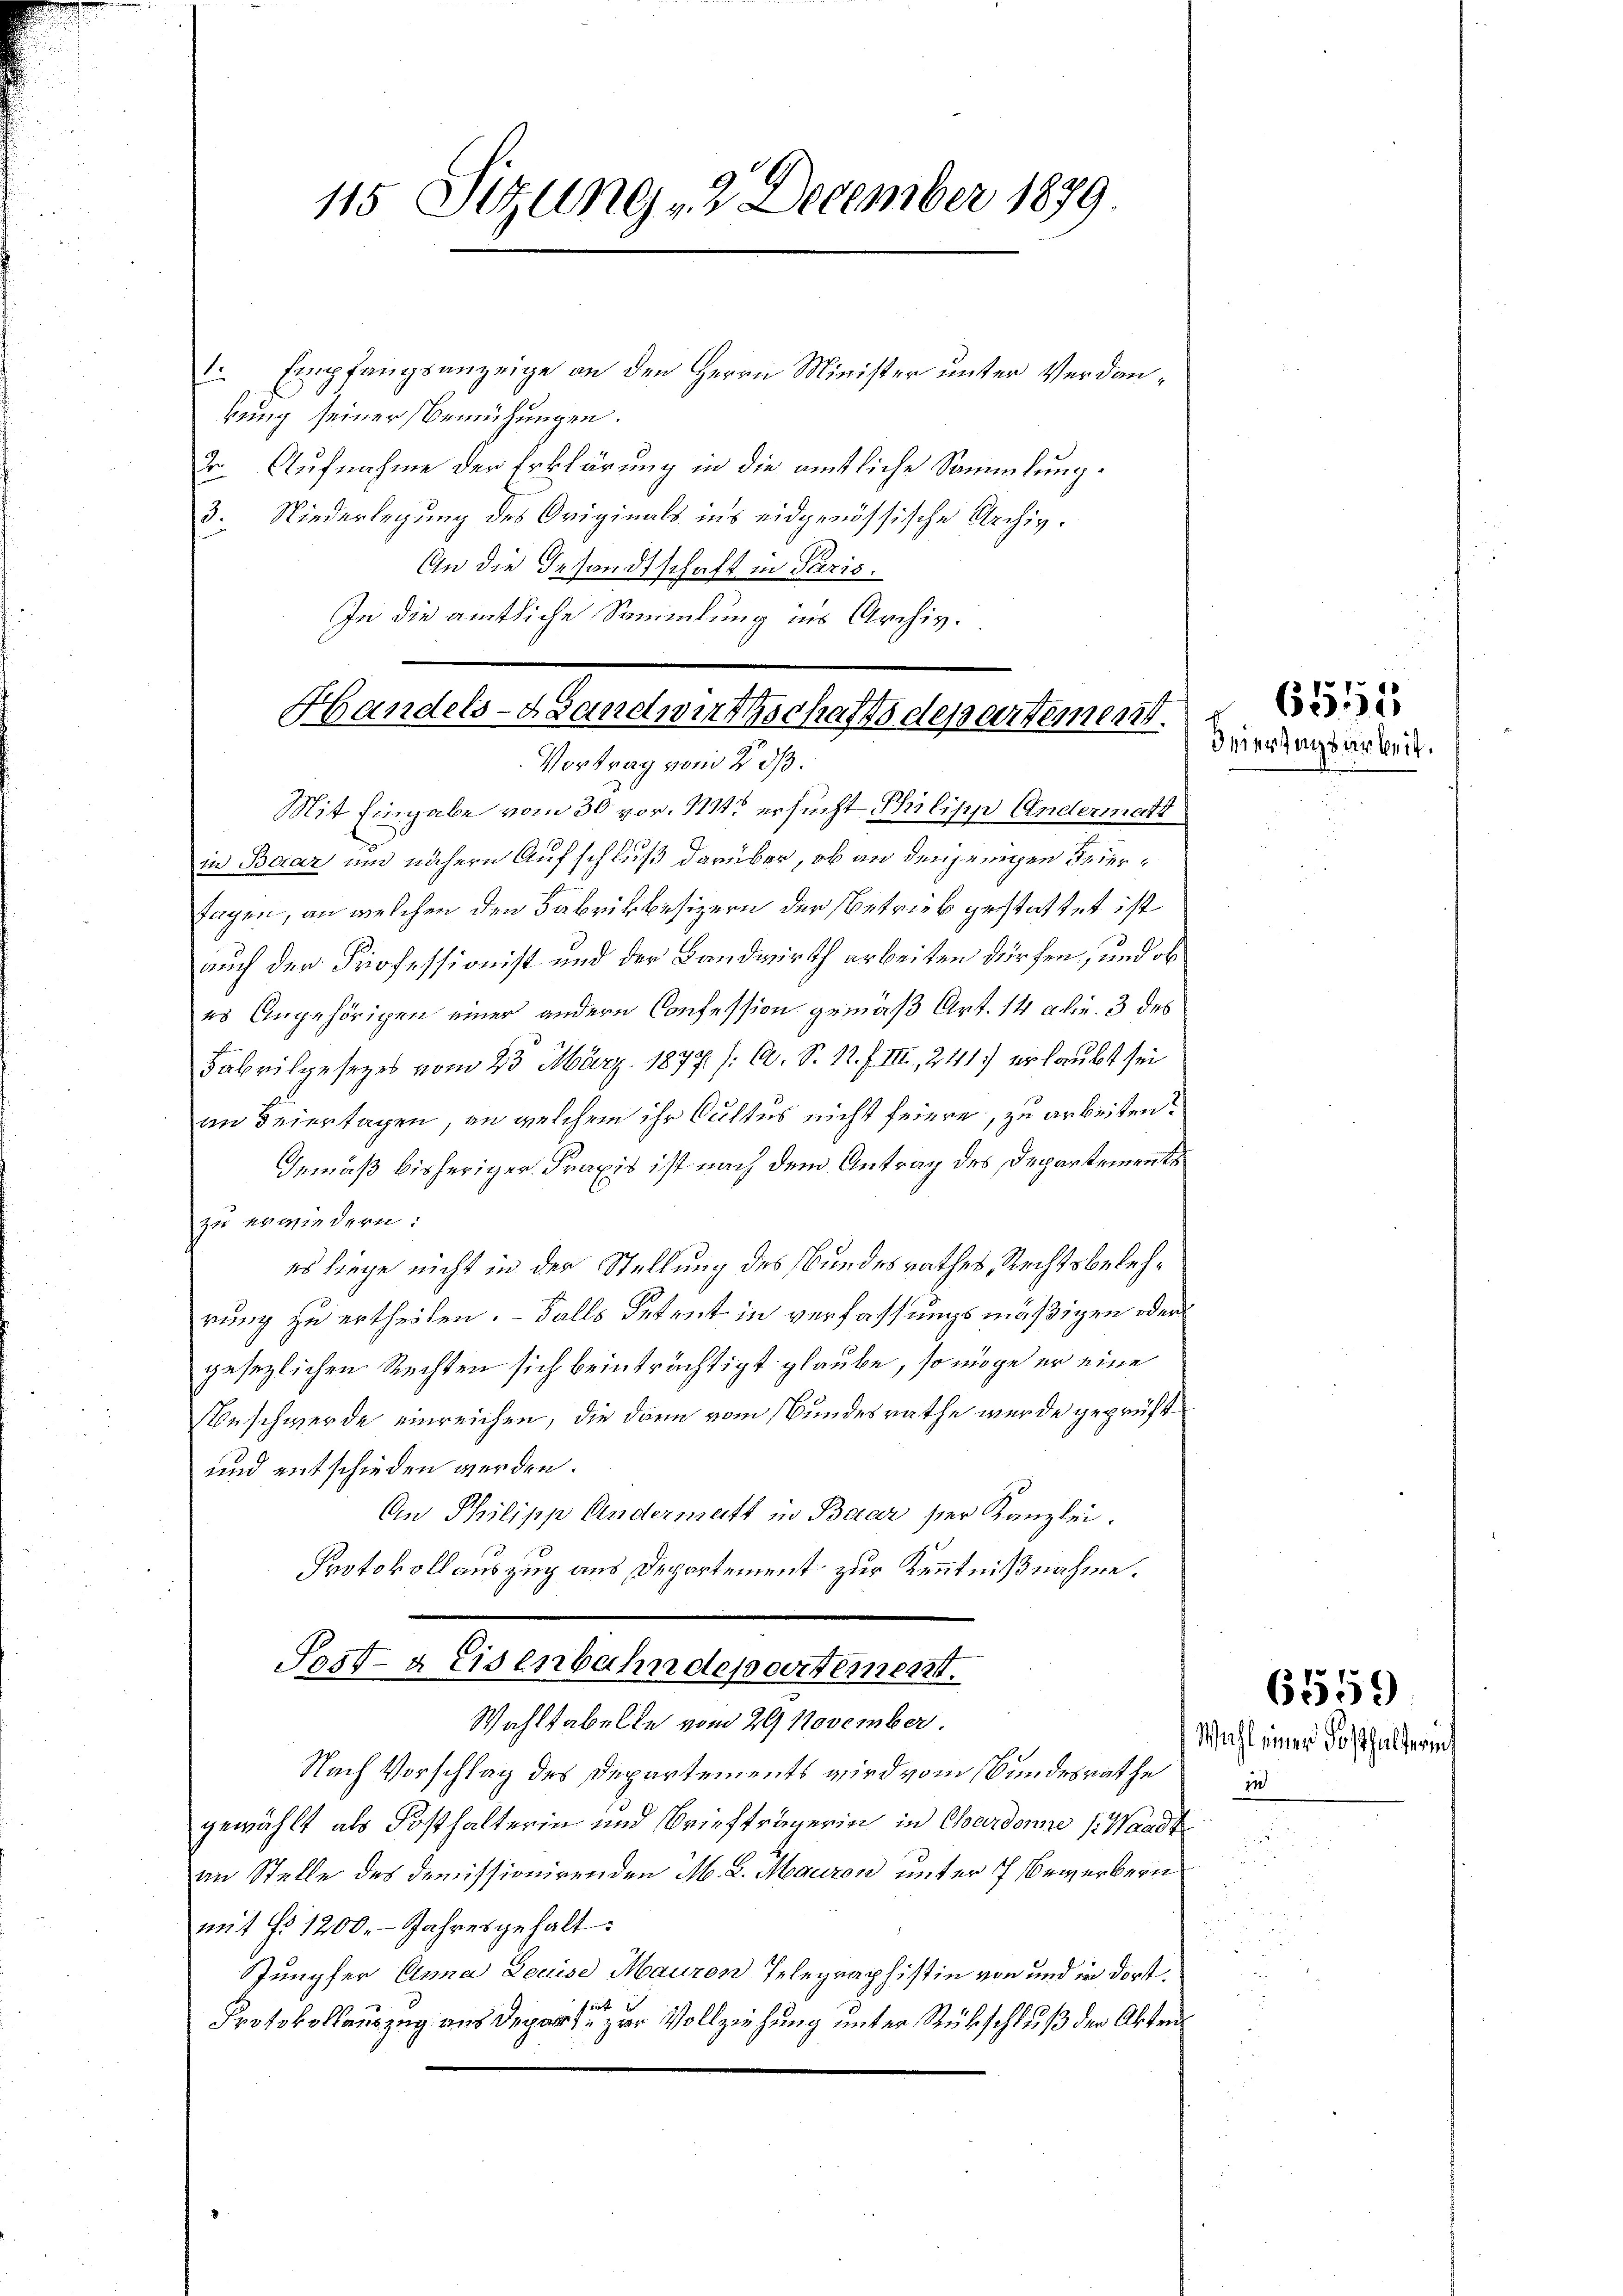
115 Sizung 2 December 1879

1. Empfangsanzeige an den Herrn Minister unter Verdankung seiner Bemühungen.
Dr. Aufnahme der Erklärung in die amtliche Sammlung.
3. Niederlegung des Originals ins eidgenössische Archiv.
An die Gesandtschaft in Paris.
In die amtliche Sammlung ins Archiv.

Handels-Landwirthschaftsdepartement.
Vortrag vom 2. ds.

Mit Eingabe vom 30 vor. 111 ersucht Pilipp Andermatt
in Baar und nähern Aufschluß darüber, ob an denjenigen Feier¬
Tagen, an welchen den Fabrikbesizern der Betrieb gestattet ist.
auch den Professionist und der Landwirth arbeiten dürfen, und ob
es Angehörigen einer andere Confession gemäß Art. 14 Al. 3 des
Fabrikgesezes vom 23. März 1877 /: C. S. 12. F. III, 241) erlaubt sei
an Feiertagen, an welchem ihr Cultes nicht feiere, zu arbeiten?
Gemäß bisheriger Praxis ist nach dem Antrag des Departements
zu erwiedern:
es liege nicht in der Stellung des Bundesrathes, Rechtsbelehrung zu ertheilen. - Falls Petent in verfassungsmäßigen oder
gesezlichen Rechten sich beinträchtigt glaube, so möge er eine
Beschwerde einreichen, die dann vom Bundesrathe wurde geprüft
und entschieden werden.
An Philipp Andermatt in Baar ser Kanzlei.
Protokoll auszug aus Departement zur Kenntnißnahme.
Sost-a Eisenbahndepartement.
Wahlkabelle vom 29 November.
Nach Vorschlag des Departements wird vom Bundesrathe
gewählt als Posthalterin und Briefträgerin in Chardonne (Waadt.
an Stelle des Demissionirenden M. L. Mauren unter 7 Bewerbern
mit §§ 1200. Jahresgehalt:
Jungfer Anna Leuise Mauron Telegraphistin von und in dort¬
Protokollauszug aus Departe zur Vollziehung unter Rückschluß der Akten

.
.

6555
Feiertagsarbeit.

Wahl einer Posthalterin
in

6559